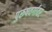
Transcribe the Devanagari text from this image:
पुरूषवर्गावर